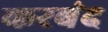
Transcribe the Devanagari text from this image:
करबंद